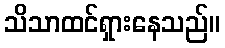
သိသာထင်ရှားနေသည်။